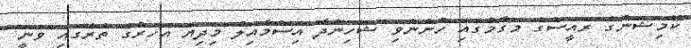
ކޮމިޝަންގެ ރައީސްގެ މަގާމުގައި ހުންނެވި ޝަހިންދާ އިސްމާއިލް މިދިޔަ އަހަރުގެ ތެރޭގައި ވަނީ